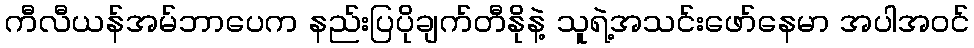
ကီလီယန်အမ်ဘာပေက နည်းပြပိုချက်တီနိုနဲ့ သူရဲ့အသင်းဖော်နေမာ အပါအဝင်